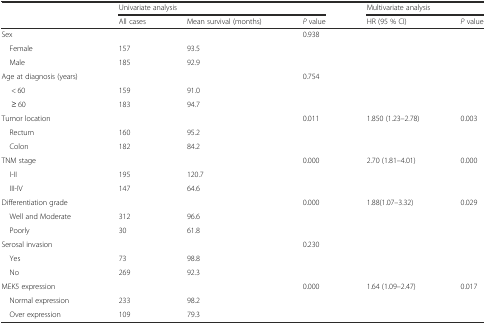
|  | <COLSPAN=3> Univariate analysis | <COLSPAN=2> Multivariate analysis |
 |  | All cases | Mean survival (months) | P value | HR (95 % CI) | P value |
 | --- | --- | --- | --- | --- | --- |
 | Sex |  |  | 0.938 |  |  |
 | Female | 157 | 93.5 |  |  |  |
 | Male | 185 | 92.9 |  |  |  |
 | Age at diagnosis (years) |  |  | 0.754 |  |  |
 | < 60 | 159 | 91.0 |  |  |  |
 | ≥ 60 | 183 | 94.7 |  |  |  |
 | Tumor location |  |  | 0.011 | 1.850 (1.23–2.78) | 0.003 |
 | Rectum | 160 | 95.2 |  |  |  |
 | Colon | 182 | 84.2 |  |  |  |
 | TNM stage |  |  | 0.000 | 2.70 (1.81–4.01) | 0.000 |
 | I-II | 195 | 120.7 |  |  |  |
 | III-IV | 147 | 64.6 |  |  |  |
 | Differentiation grade |  |  | 0.000 | 1.88(1.07–3.32) | 0.029 |
 | Well and Moderate | 312 | 96.6 |  |  |  |
 | Poorly | 30 | 61.8 |  |  |  |
 | Serosal invasion |  |  | 0.230 |  |  |
 | Yes | 73 | 98.8 |  |  |  |
 | No | 269 | 92.3 |  |  |  |
 | MEK5 expression |  |  | 0.000 | 1.64 (1.09–2.47) | 0.017 |
 | Normal expression | 233 | 98.2 |  |  |  |
 | Over expression | 109 | 79.3 |  |  |  |